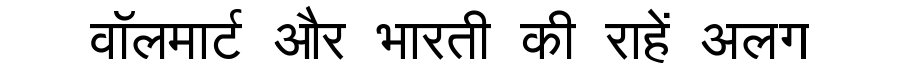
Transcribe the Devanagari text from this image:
वॉलमार्ट और भारती की राहें अलग